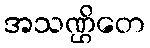
အသဏ္ဌိတေ